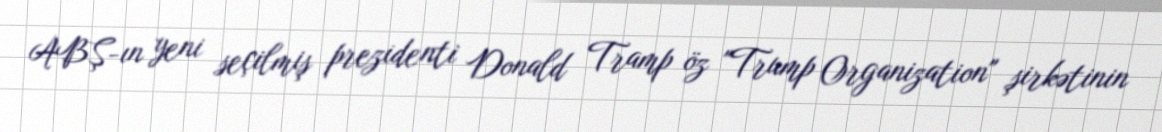
ABŞ-ın yeni seçilmiş prezidenti Donald Tramp öz "Trump Organization" şirkətinin